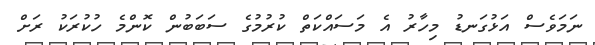
ނަމަވެސް އަޅުގަނޑު މިހާރު އެ މަސައްކަތް ކުރުމުގެ ސަބަބުން ކޮންމެ ހުކުރަކު ރަށް